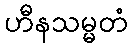
ဟီနသမ္မတံ